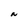
Character: N